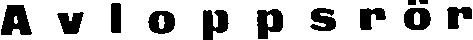
Avloppsrör